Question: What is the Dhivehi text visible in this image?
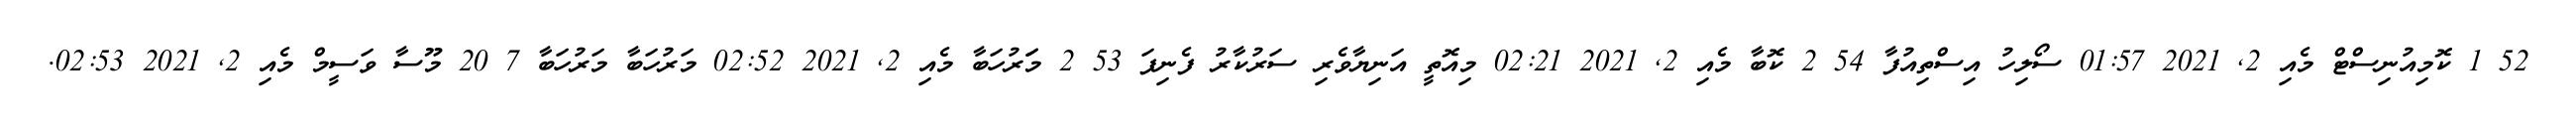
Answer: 52 1 ކޮމިއުނިސްޓް މެއި 2, 2021 01:57 ސޯލިހު އިސްތިއުފާ 54 2 ކޮބާ މެއި 2, 2021 02:21 މިއޮތީ އަނިޔާވެރި ސަރުކާރު ފެނިފަ 53 2 މަަރުހަބާ މެއި 2, 2021 02:52 މަރުހަބާ މަރުހަބާ 7 20 މޫސާ ވަސީމް މެއި 2, 2021 02:53.